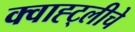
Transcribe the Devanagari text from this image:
क्वाह्ट्लीचे